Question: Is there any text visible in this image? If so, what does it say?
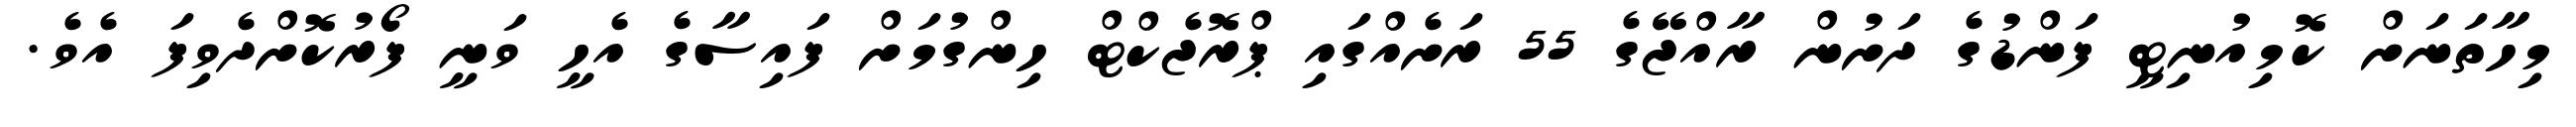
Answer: މިހާތަނަށް ކޮމިއުނިޓީ ފަންޑުގެ ދަށުން ރާއްޖޭގެ 55 ރަށެއްގައި ޕްރޮޖެކްޓް ހިންގުމަށް ފައިސާގެ އެހީ ވަނީ ފޯރުކޮށްދެވިފަ އެވެ.